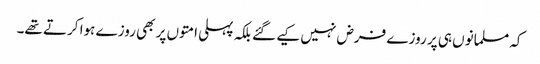
کہ مسلمانوں ہی پر روزے فرض نہیں کیے گئے بلکہ پہلی امتوں پر بھی روزے ہوا کرتے تھے۔